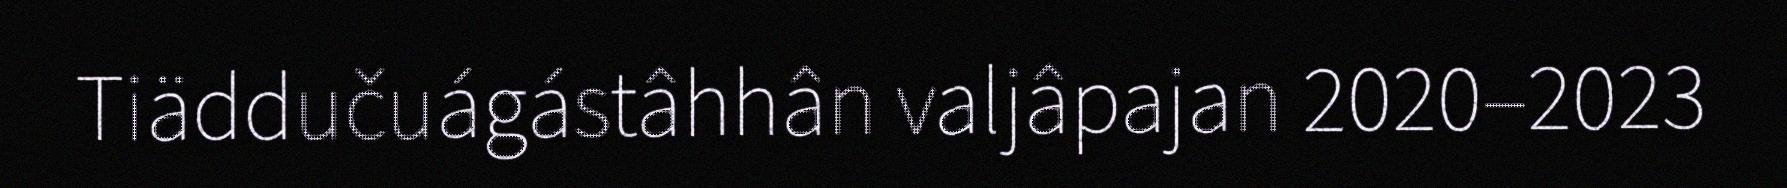
Tiäddučuágástâhhân valjâpajan 2020–2023